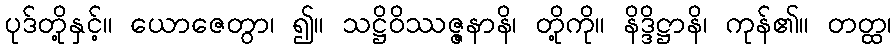
ပုဒ်တို့နှင့်။ ယောဇေတွာ၊ ၍။ သဋ္ဌိဝိဿဇ္ဇနာနိ၊ တို့ကို။ နိဒ္ဒိဋ္ဌာနိ၊ ကုန်၏။ တတ္ထ၊